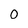
Character: 0